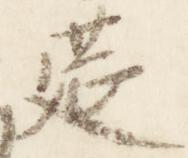
莚